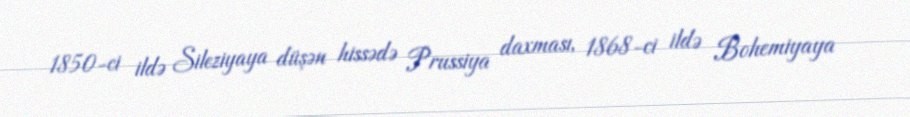
1850-ci ildə Sileziyaya düşən hissədə Prussiya daxması, 1868-ci ildə Bohemiyaya